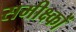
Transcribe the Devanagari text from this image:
समीक्ष्कों